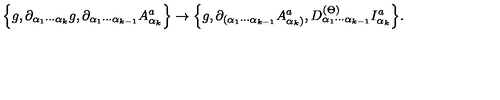
\Big \{ g , \partial _ { \alpha _ { 1 } \cdots \alpha _ { k } } g , \partial _ { \alpha _ { 1 } \cdots \alpha _ { k - 1 } } A _ { \alpha _ { k } } ^ { a } \Big \} \rightarrow \Big \{ g , \partial _ { ( \alpha _ { 1 } \cdots \alpha _ { k - 1 } } A _ { \alpha _ { k } ) } ^ { a } , D _ { \alpha _ { 1 } \cdots \alpha _ { k - 1 } } ^ { ( \Theta ) } I _ { \alpha _ { k } } ^ { a } \Big \} .